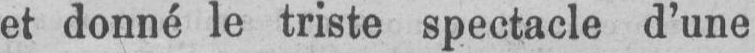
et donné le triste spectacle d’une